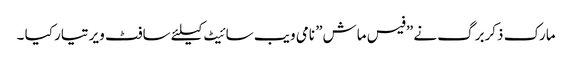
مارک ذکربرگ نے ”فیس ماش” نامی ویب سائیٹ کیلئے سافٹ ویر تیار کیا ۔